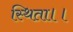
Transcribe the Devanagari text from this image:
स्थिता।।